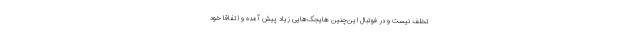
تخلف نیست و در فوتبال این‌چنین هایجک‌هایی زیاد پیش آمده و اتفاقا خود